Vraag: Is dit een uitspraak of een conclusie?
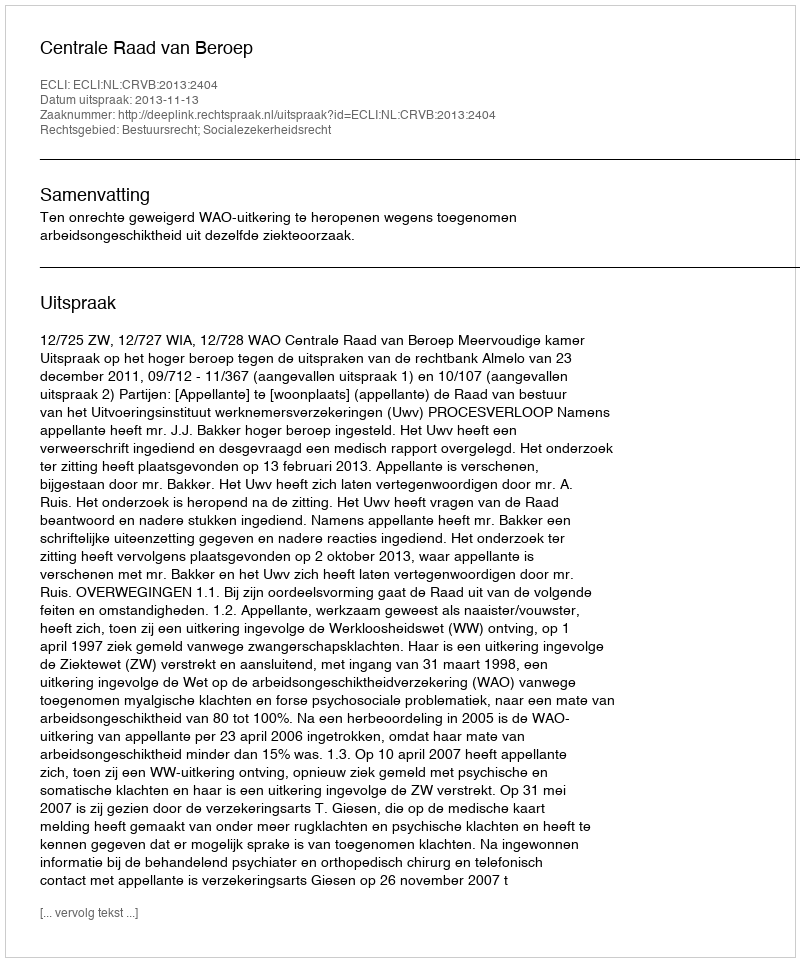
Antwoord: Uitspraak